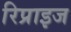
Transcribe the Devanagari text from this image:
रिप्राइज